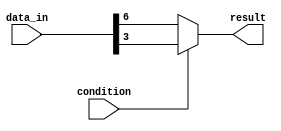
module bit_select_assign(
    input wire [7:0] data_in,
    input wire condition,
    output reg result
);

always @(*) begin
    if (condition) begin
        result = data_in[3]; // Assign bit 3 of data_in to result when condition is true
    end else begin
        result = data_in[6]; // Assign bit 6 of data_in to result when condition is false
    end
end

endmodule